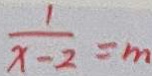
\frac { 1 } { x - 2 } = m